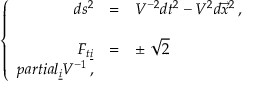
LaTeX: \left\{ \begin{array} { r c l } { { d s ^ { 2 } } } & { { = } } & { { V ^ { - 2 } d t ^ { 2 } - V ^ { 2 } d \vec { x } ^ { 2 } \, , } } \\ { { } } & { { } } & { { } } \\ { { F _ { t \underline { { { i } } } } } } & { { = } } & { { \pm \ \sqrt { 2 } } } \\ { { p a r t i a l _ { \underline { { { i } } } } V ^ { - 1 } \, , } } \end{array} \right.